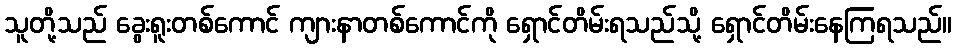
သူတို့သည် ခွေးရူးတစ်ကောင် ကျားနာတစ်ကောင်ကို ရှောင်တိမ်းရသည်သို့ ရှောင်တိမ်းနေကြရသည်။